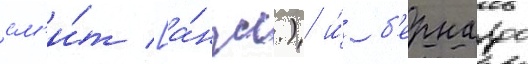
см'и́т [а́нгл.) и́ б'ернардо